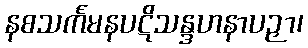
နစသင်္ကမနပဋိသန္ဒဟနာပဉှာ၊